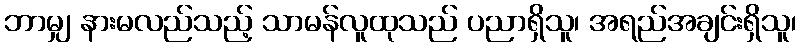
ဘာမျှ နားမလည်သည့် သာမန်လူထုသည် ပညာရှိသူ၊ အရည်အချင်းရှိသူ၊